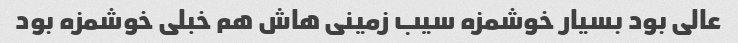
عالی بود بسیار خوشمزه سیب زمینی هاش هم خبلی خوشمزه بود